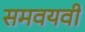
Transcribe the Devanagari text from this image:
समवयवी